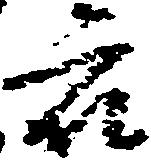
衆